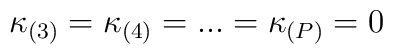
\kappa_{(3)}=\kappa_{(4)}=...=\kappa_{(P)}=0